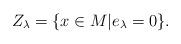
LaTeX: \begin{align*}Z_\lambda=\{x\in M|e_\lambda=0\}.\end{align*}